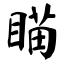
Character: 瞄